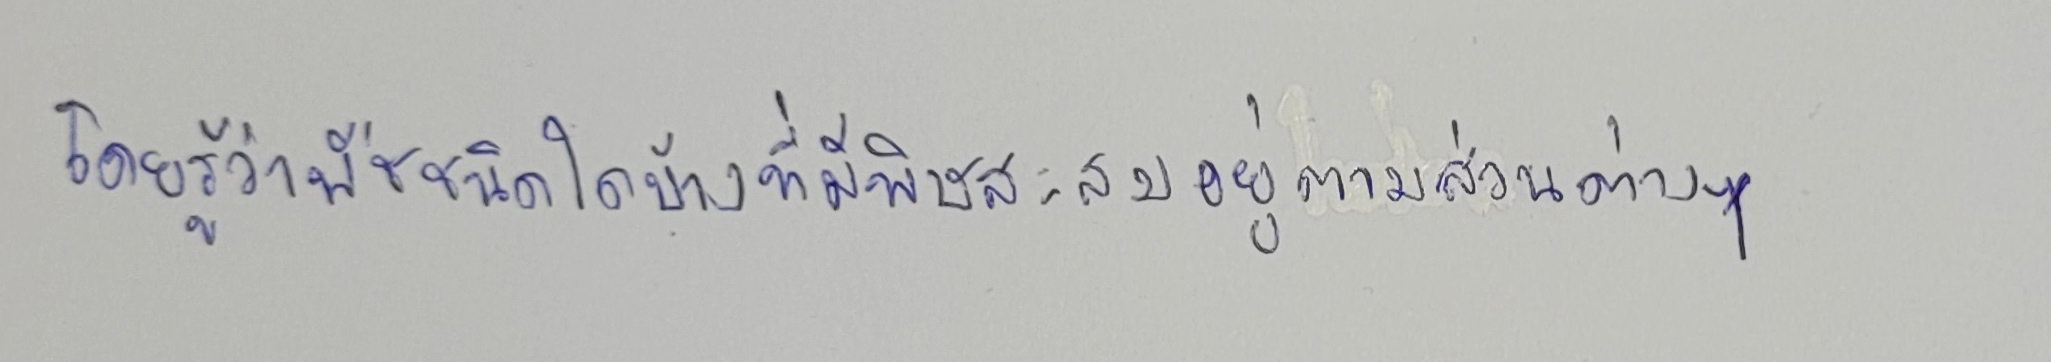
โดยรู้ว่าพืชชนิดใดบ้างที่มีพิษสะสมอยู่ตามส่วนต่างๆ